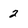
Character: 2